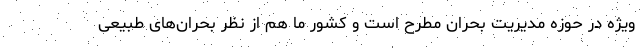
ویژه در حوزه مدیریت بحران مطرح است و کشور ما هم از نظر بحران‌های طبیعی